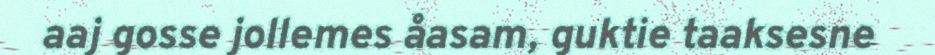
aaj gosse jollemes åasam, guktie taaksesne